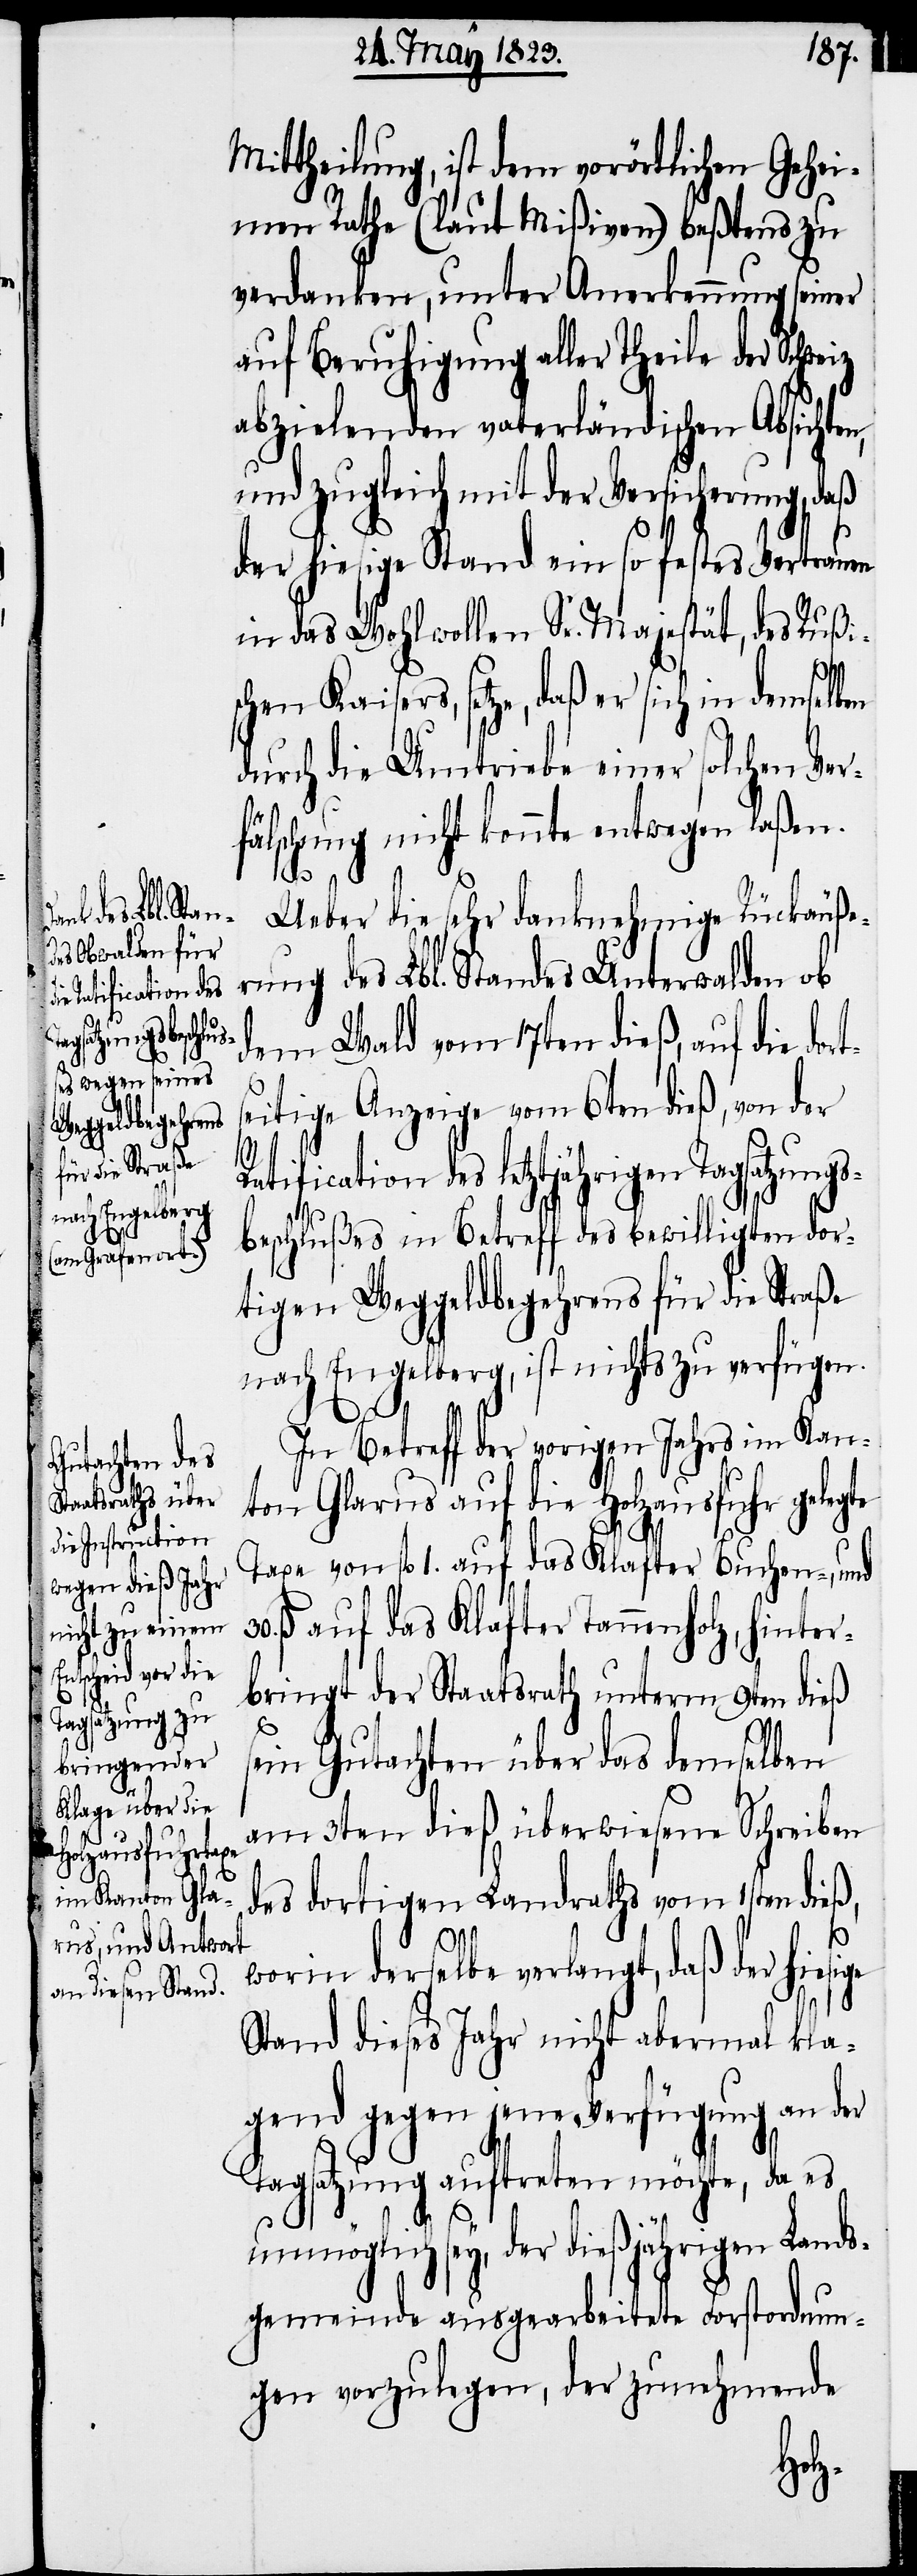
Mittheilung, ist dem vorörtlichen Gehei¬
men Rathe (laut Mißiven) beßtens zu
verdanken, unter Anerkennung seiner
auf Beruhigung aller Theile der Sch¬
abzielenden vaterländischen Absichten,
und zugleich mit der Versicherung, daß
der hiesige Stand ein so festes Vertrauen
in das Wohlwollen Sr. Majestät, des Rußi¬
s¬
schen Kaisers, setze, daß er sich in demselben
durch die Umtriebe einer solchen Ver¬
30.
fälschung nicht konnte entwegen laßen.
Ueber die sehr danknehmige Rückäuß¬
erung des Lbl. Standes Unterwalden ob
dem Wald vom 17ten dieß, auf die dor¬
eitige Anzeige vom 6ten dieß, von der
atification des letztjährigen Tagsatzungs¬
beschlußes in Betreff des bewilligten dor¬
tigen Weggeldbegehrens für die Straße
nach Engelberg, ist nichts zu verfügen.
In Betreff der vorigen Jahrs im Kan¬
ton Glarus auf die Holzausfuhr gele¬
Taxe von fl. 1. auf das Klafter Buchen-, und
ß. auf das Klafter Tannenholz, hinter¬
bringt der Staatsrath unterm 9ten dieß
ein Gutachten über das demselben
am 3ten dieß überwiesene Schreiben
des dortigen Landraths vom 1sten dieß,
worin derselbe verlangt, daß der hiesige
Stand dieses Jahr nicht abermal kla¬
gend gegen jene Verfügung an der
Tagsatzung auftreten möchte, da es
unmöglich sey, der dießjährigen Lands¬
gemeinde ausgearbeitete Forstordnun¬
gen vorzulegen, der zunehmende
weiz